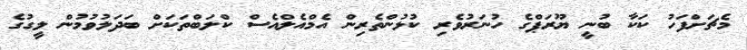
މެޗަށްފަހު ކަކާ ބުނީ ޔޫރަޕްގެ ހުނަރުވެރި ކުޅުންތެރިން އެމްއެލްއެސް ކްލަބްތަކަށް ބަދަލުވުމުން ލީގުގެ